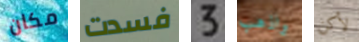
مكان فسدت 3 واذهب لأكن